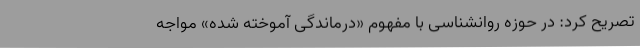
تصریح کرد: در حوزه روانشناسی با مفهوم «درماندگی آموخته شده» مواجه